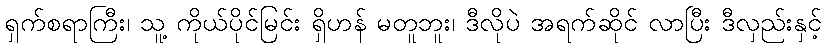
ရှက်စရာကြီး၊ သူ့ ကိုယ်ပိုင်မြင်း ရှိဟန် မတူဘူး၊ ဒီလိုပဲ အရက်ဆိုင် လာပြီး ဒီလှည်းနှင့်